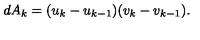
d A _ { k } = ( u _ { k } - u _ { k - 1 } ) ( v _ { k } - v _ { k - 1 } ) .